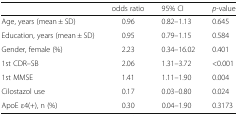
<table><thead><tr><td></td><td><b>odds ratio</b></td><td><b>95% CI</b></td><td><b><i>p</i>-value</b></td></tr></thead><tbody><tr><td>Age, years (mean ± SD)</td><td>0.96</td><td>0.82–1.13</td><td>0.645</td></tr><tr><td>Education, years (mean ± SD)</td><td>0.95</td><td>0.79–1.15</td><td>0.584</td></tr><tr><td>Gender, female (%)</td><td>2.23</td><td>0.34–16.02</td><td>0.401</td></tr><tr><td>1st CDR–SB</td><td>2.06</td><td>1.31–3.72</td><td>&lt;0.001</td></tr><tr><td>1st MMSE</td><td>1.41</td><td>1.11–1.90</td><td>0.004</td></tr><tr><td>Cilostazol use</td><td>0.17</td><td>0.03–0.80</td><td>0.024</td></tr><tr><td>ApoE ε4(+), n (%)</td><td>0.30</td><td>0.04–1.90</td><td>0.3173</td></tr></tbody></table>